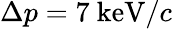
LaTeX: \Delta p=7~\mathrm{keV}/c